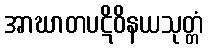
အာဃာတပဋိဝိနယသုတ္တံ